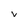
Character: v